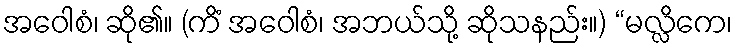
အဝေါစံ၊ ဆို၏။ (ကိံ အဝေါစံ၊ အဘယ်သို့ ဆိုသနည်း။) “မလ္လိကေ၊